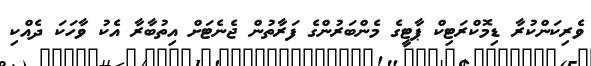
ވެރިކަންކުރާ ޑިމޮކްރަޓިކް ޕާޓީގެ މެންބަރުންގެ ފަރާތުން ޖެނެޓަށް އިތުބާރާ އެކު ވާހަކަ ދެއްކި